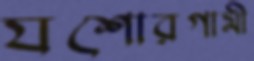
যশোরগামী